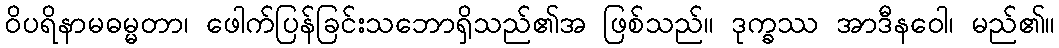
ဝိပရိနာမဓမ္မတာ၊ ဖေါက်ပြန်ခြင်းသဘောရှိသည်၏အ ဖြစ်သည်။ ဒုက္ခဿ အာဒီနဝေါ၊ မည်၏။